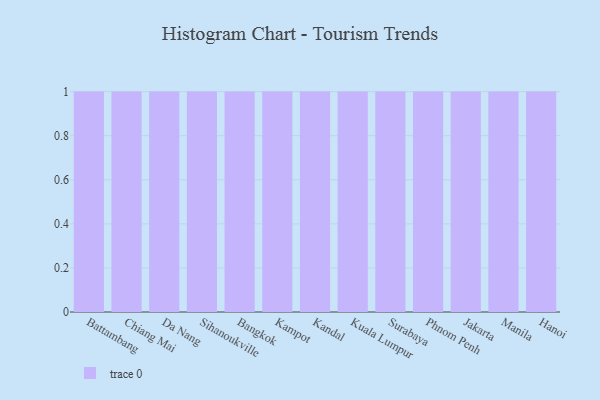
{"axis": {"x": "City", "y": "Headcount"}, "legend": [""], "data": [{"x": "Battambang", "y": 81, "type": ""}, {"x": "Chiang Mai", "y": 37, "type": ""}, {"x": "Da Nang", "y": 94, "type": ""}, {"x": "Sihanoukville", "y": 42, "type": ""}, {"x": "Bangkok", "y": 78, "type": ""}, {"x": "Kampot", "y": 83, "type": ""}, {"x": "Kandal", "y": 18, "type": ""}, {"x": "Kuala Lumpur", "y": 18, "type": ""}, {"x": "Surabaya", "y": 73, "type": ""}, {"x": "Phnom Penh", "y": 100, "type": ""}, {"x": "Jakarta", "y": 90, "type": ""}, {"x": "Manila", "y": 29, "type": ""}, {"x": "Hanoi", "y": 78, "type": ""}]}